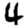
Digit: 4